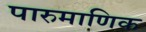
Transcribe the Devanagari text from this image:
पारुमाणिक